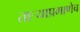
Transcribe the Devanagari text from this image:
तार्‍याप्रमाणेच